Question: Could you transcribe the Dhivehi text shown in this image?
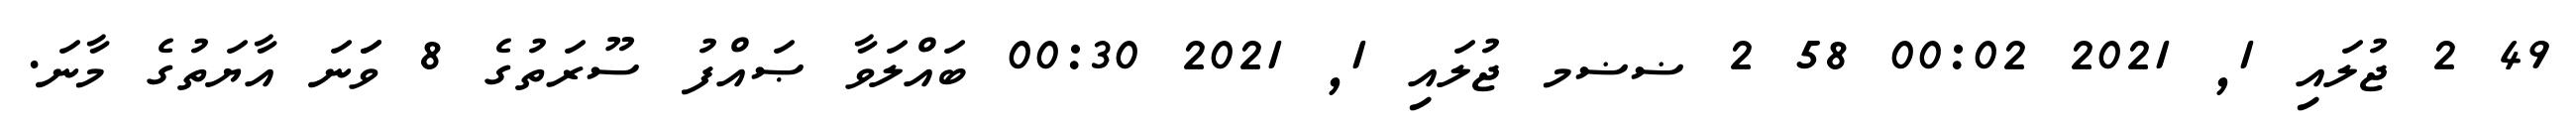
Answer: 49 2 ޖުލައި 1, 2021 00:02 58 2 ޟޟމ ޖުލައި 1, 2021 00:30 ބައްލަވާ ޞައްފު ސޫރަތުގެ 8 ވަަނަ އާޔަތުގެ މާނަ.